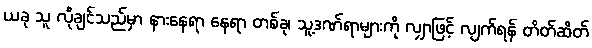
ယခု သူ လိုချင်သည်မှာ နားနေရာ နေရာ တစ်ခု၊ သူ့ဒဏ်ရာများကို လျှာဖြင့် လျက်ရန် တိတ်ဆိတ်